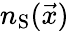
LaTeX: n_{\mathrm{S}}(\vec{x})